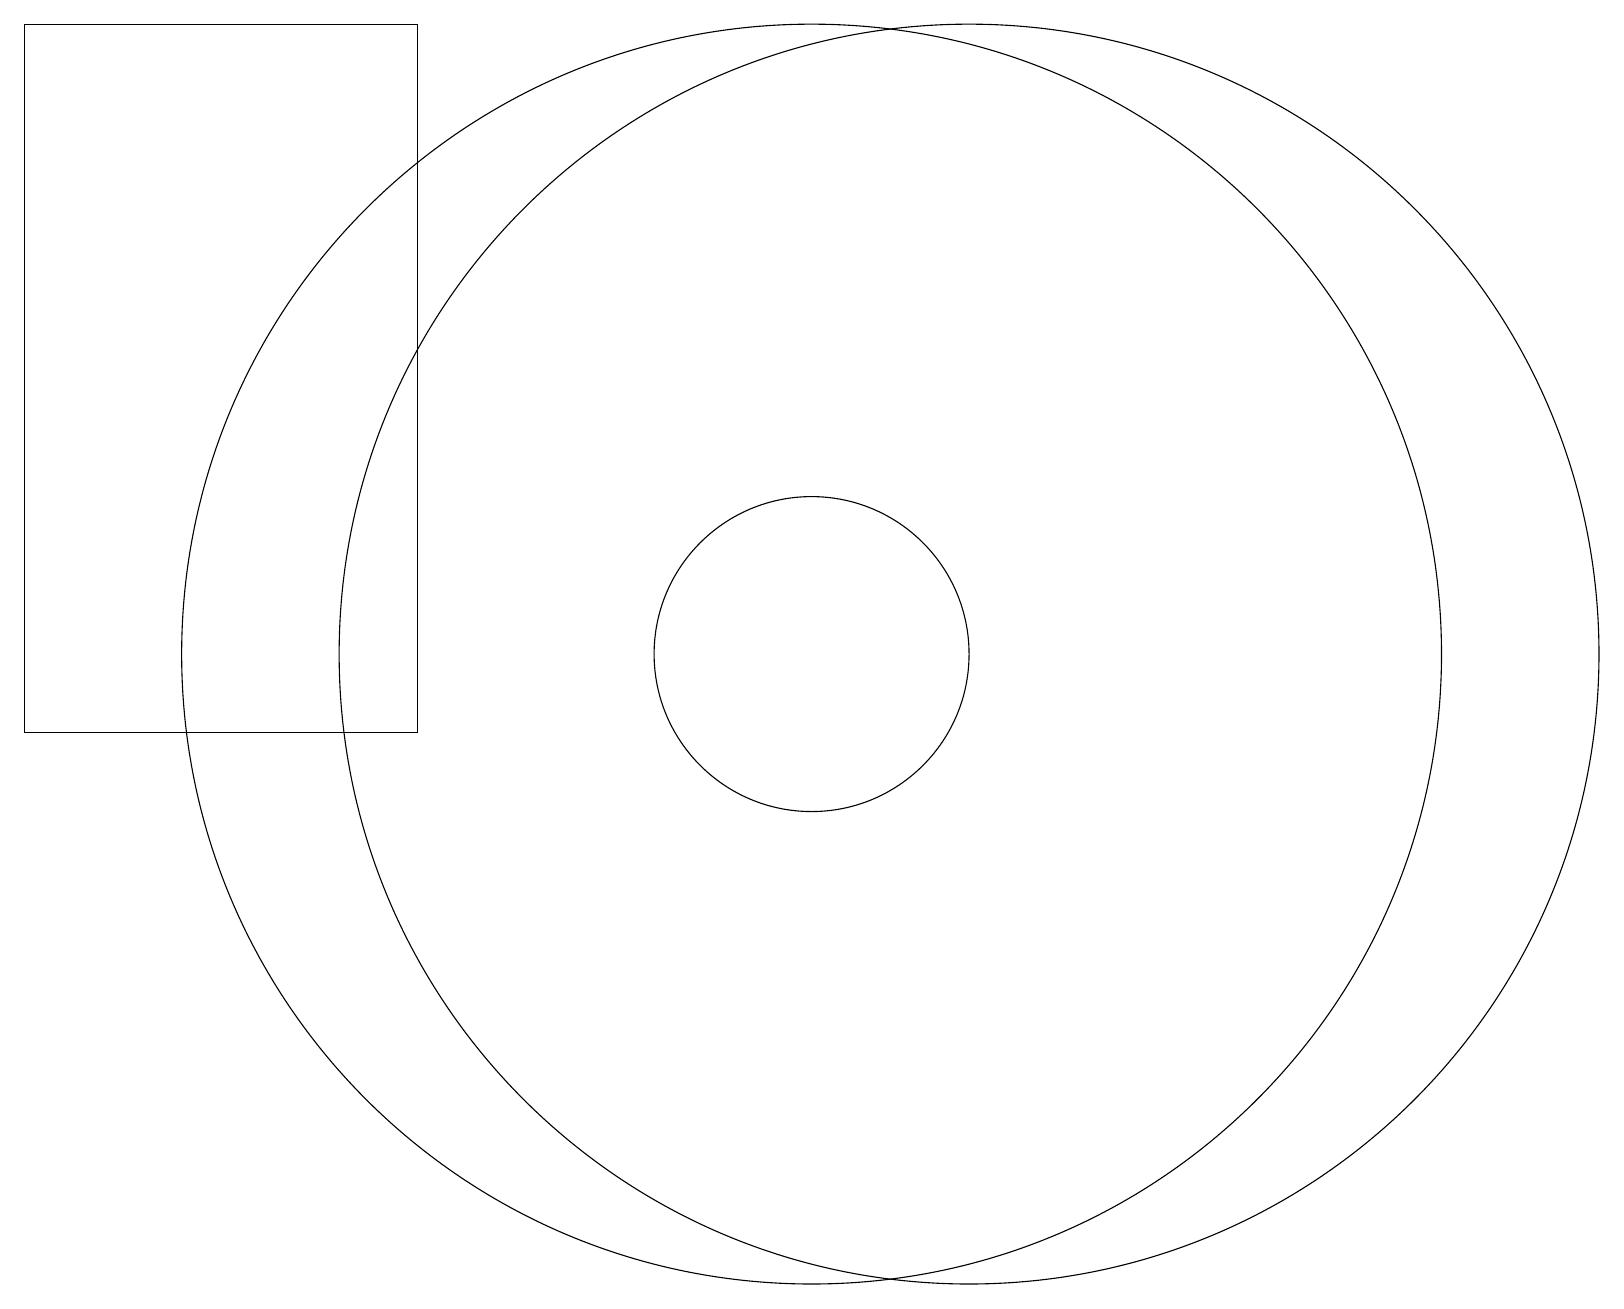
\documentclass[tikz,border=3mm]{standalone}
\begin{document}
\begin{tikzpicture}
\draw (0,10) rectangle (5,19);
\draw (12,11) circle (8);
\draw (10,11) circle (0);
\draw (10,11) circle (8);
\draw (10,11) circle (2);
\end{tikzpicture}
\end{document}